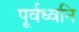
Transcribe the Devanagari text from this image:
पूर्वध्वनि